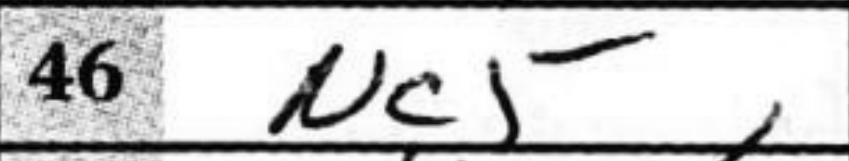
Transcription: Nc5